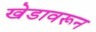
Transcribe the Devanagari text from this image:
खेडावरून